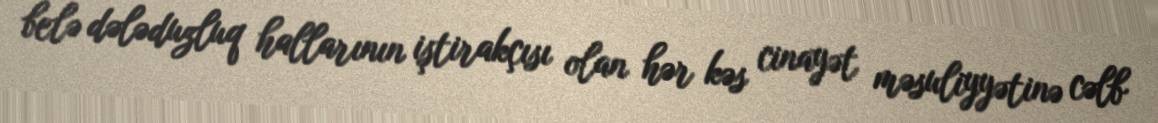
belə dələduzluq hallarının iştirakçısı olan hər kəs cinayət məsuliyyətinə cəlb